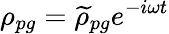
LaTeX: \rho_{pg}=\widetilde{\rho}_{pg}e^{-i\omega t}